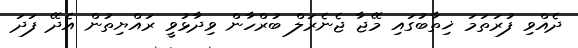
ދެއްވި ފުރަތަމަ ޚިތާބުގައި މޭޖާ ޖެނެރަލް ބުރްހާން ވިދާޅުވީ ރައްޔިތުން އެދޭ ފަދަ